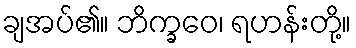
ချအပ်၏။ ဘိက္ခဝေ၊ ရဟန်းတို့။